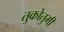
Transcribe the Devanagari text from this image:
तुकोतुमी